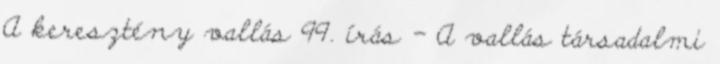
A keresztény vallás 99. írás - A vallás társadalmi